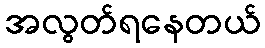
အလွတ်ရနေတယ်